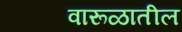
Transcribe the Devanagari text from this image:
वारूळातील